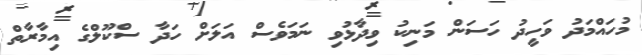
މުހައްމަދު ވަހީދު ހަސަން މަނިކު ވިދާޅުވި ނަމަވެސް އަލަށް ހަދާ ސްކޫލްގެ އިމާރާތް